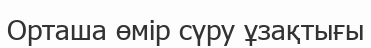
Орташа өмір сүру ұзақтығы